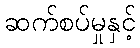
ဆက်စပ်မှုနှင့်